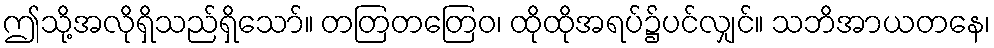
ဤသို့အလိုရှိသည်ရှိသော်။ တတြတတြေဝ၊ ထိုထိုအရပ်၌ပင်လျှင်။ သဘိအာယတနေ၊